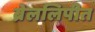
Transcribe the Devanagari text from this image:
ब्रेललिपीत